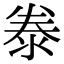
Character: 𭰣